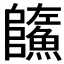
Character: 𩼐